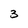
Character: 3